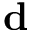
\mathbf { d }